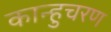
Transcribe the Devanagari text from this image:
कान्हुचरण